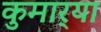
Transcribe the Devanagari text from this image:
कुमार्‍या